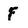
Character: F